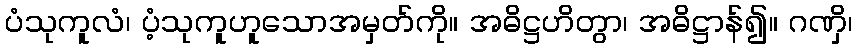
ပံသုကူလံ၊ ပံ့သုကူဟူသောအမှတ်ကို။ အဓိဋ္ဌဟိတွာ၊ အဓိဋ္ဌာန်၍။ ဂဏှိ၊